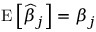
\operatorname { E } \left[ { \widehat { \beta } } _ { j } \right] = \beta _ { j }